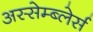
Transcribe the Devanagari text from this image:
अस्सेम्ब्लेर्स